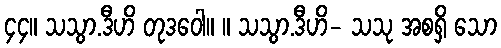
၄၄။ သသွာ.ဒီဟိ တုဒဝေါ။ ။ သသွာ.ဒီဟိ- သသု အစရှိ သော